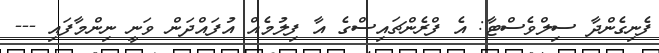
ފެނިގެންދާ ސިލްވެސްޓާ: އެ ފްރެންޗައިސްގެ އާ ފިލުމެއް އުފައްދަން ވަނީ ނިންމާފައި ---